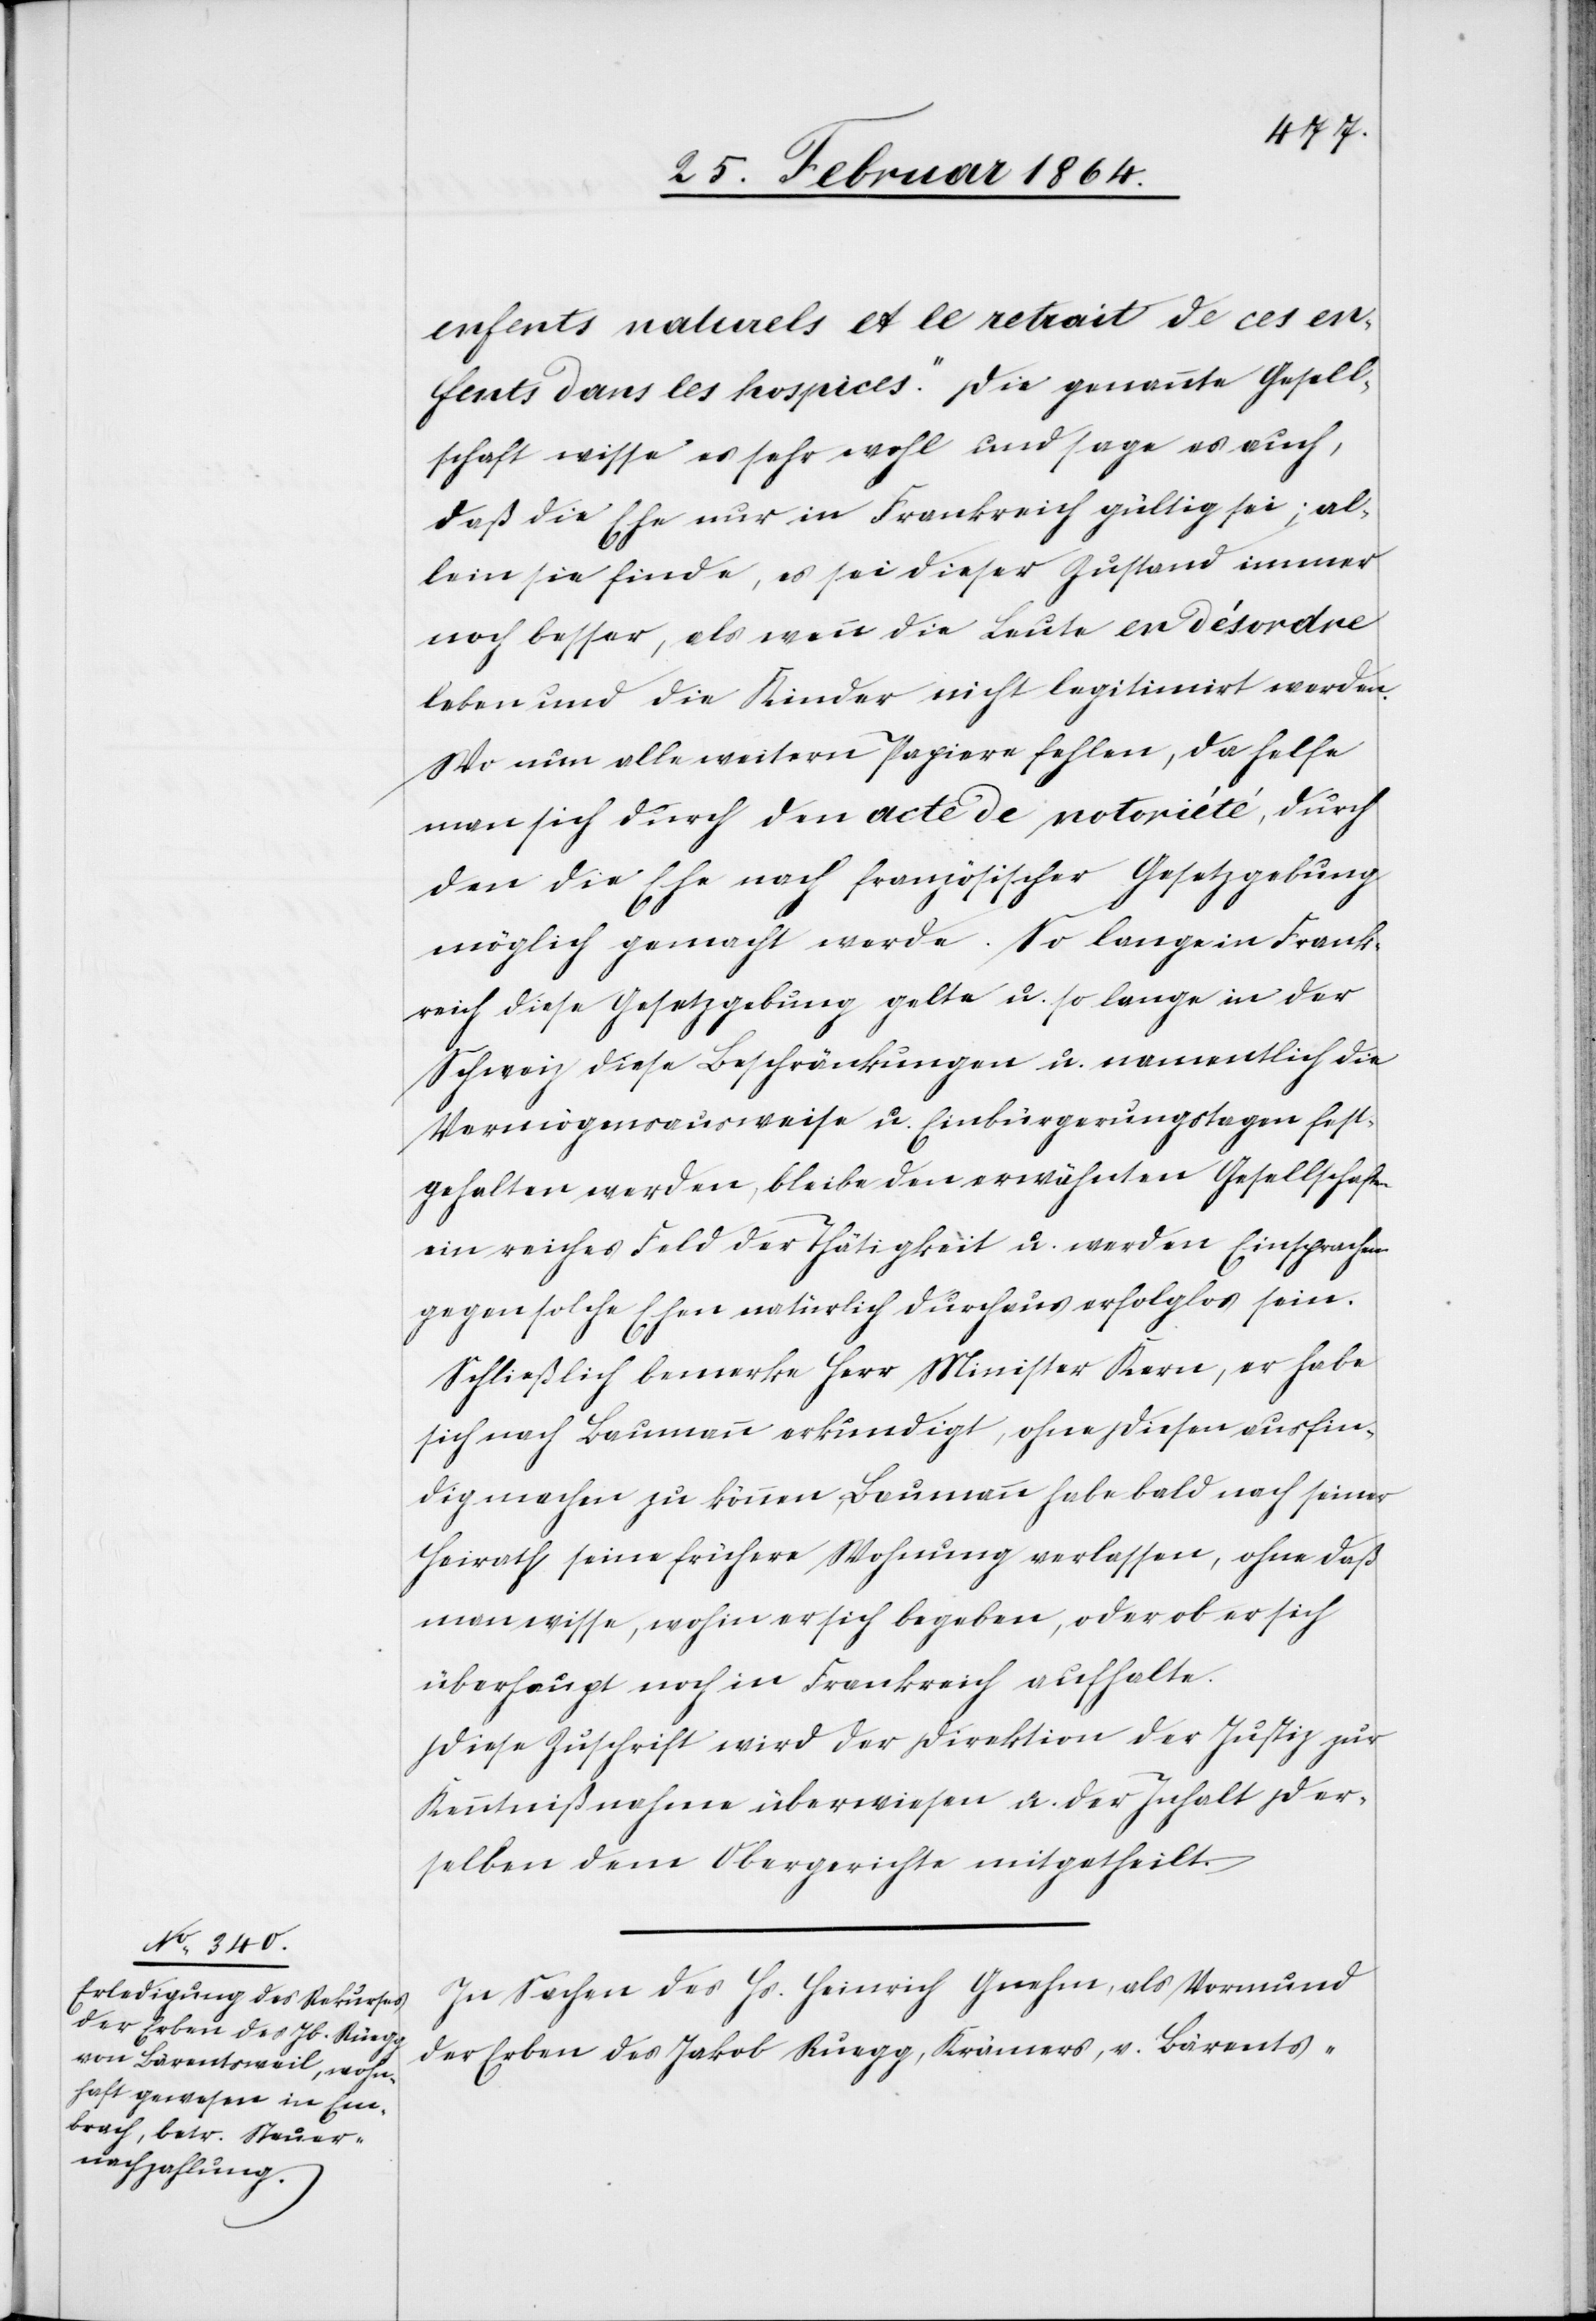
enfants naturels et le retrait de ces en¬
fants dans les hospices.“ Die genannte Gesell¬
schaft wisse es sehr wohl und sage es auch,
daß die Ehe nur in Frankreich gültig sei; al¬
lein sie finde, es sei dieser Zustand immer
noch besser, als wenn die Leute en désordre
leben und die Kinder nicht legitimirt werden.
Wo nun alle weitern Papiere fehlen, da helfe
man sich durch den acte de notoriété, durch
den die Ehe nach französischer Gesetzgebung
möglich gemacht werde. So lange in Frank¬
reich diese Gesetzgebung gelte u. so lange in der
Schweiz diese Beschränkungen u. namentlich die
Vermögensausweise u. Einbürgerungstagen fest¬
gehalten werden, bleibe den erwähnten Gesellschaften
ein reiches Feld der Thätigkeit u. werden Einsprachen
gegen solche Ehen natürlich durchaus erfolglos sein.
Schließlich bemerke Herr Minister Kern, er habe
sich nach Baumann erkundigt, ohne diesen ausfin¬
dig machen zu können, Baumann habe bald nach seiner
Heirath seine frühere Wohnung verlassen, ohne daß
man wisse, wohin er sich begeben, oder ob er sich
überhaupt noch in Frankreich aufhalte.
Diese Zuschrift wird der Direktion der Justiz zur
Kenntnißnahme überwiesen u. der Inhalt der¬
selben dem Obergerichte mitgetheilt.
In Sachen des Hs. Heinrich Gnehm, als Vormund
der Erben des Jakob Ruegg, Krämers, v. Bärents-